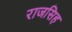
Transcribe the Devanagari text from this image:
राजसिह